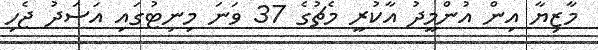
މާޒިޔާ އިން އުންމީދު އާކުރީ މެޗުގެ 37 ވަނަ މިނިޓުގައި އަސަދު ޖެހި